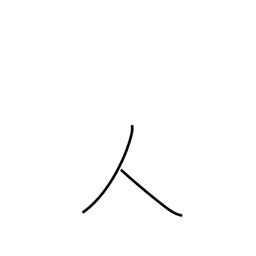
Meaning: person